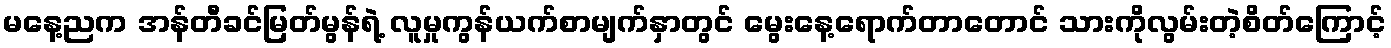
မနေ့ညက အန်တီခင်မြတ်မွန်ရဲ့ လူမှုကွန်ယက်စာမျက်နှာတွင် မွေးနေ့ရောက်တာတောင် သားကိုလွမ်းတဲ့စိတ်ကြောင့်